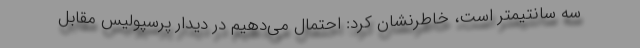
سه سانتیمتر است، خاطرنشان کرد: احتمال می‌دهیم در دیدار پرسپولیس مقابل